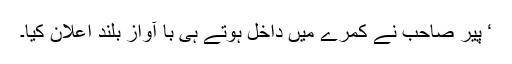
‘ پیر صاحب نے کمرے میں داخل ہوتے ہی با آوازِ بلند اعلان کیا۔